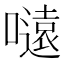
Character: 𭋜